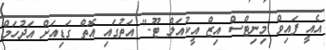
އެއީ ފައިވް މިނިޓްސް އިޒް އީކުއަލް ޓޫ-" އަތުގައި އޮތް ގަޑިއަށް އަދުހަމް